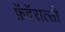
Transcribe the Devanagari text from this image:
फ़ॅदॅरात्सी